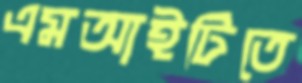
এমআইটিতে